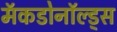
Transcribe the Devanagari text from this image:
मॅकडोनॉल्ड्स